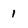
Character: 1